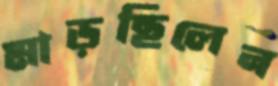
মাড়ছিলেন